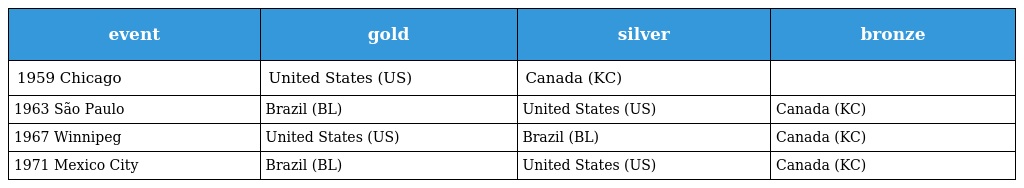
| event | gold | silver | bronze |
 | --- | --- | --- | --- |
 | 1959 Chicago | United States (US) | Canada (KC) |  |
 | 1963 São Paulo | Brazil (BL) | United States (US) | Canada (KC) |
 | 1967 Winnipeg | United States (US) | Brazil (BL) | Canada (KC) |
 | 1971 Mexico City | Brazil (BL) | United States (US) | Canada (KC) |